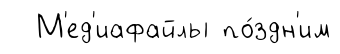
М'ед'иафайлы по́здн'им